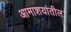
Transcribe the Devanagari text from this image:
आमाशयांतील